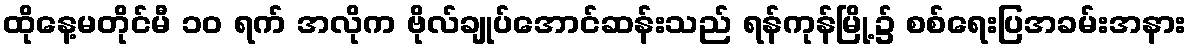
ထိုနေ့မတိုင်မီ ၁၀ ရက် အလိုက ဗိုလ်ချုပ်အောင်ဆန်းသည် ရန်ကုန်မြို့၌ စစ်ရေးပြအခမ်းအနား